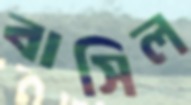
বাসিল